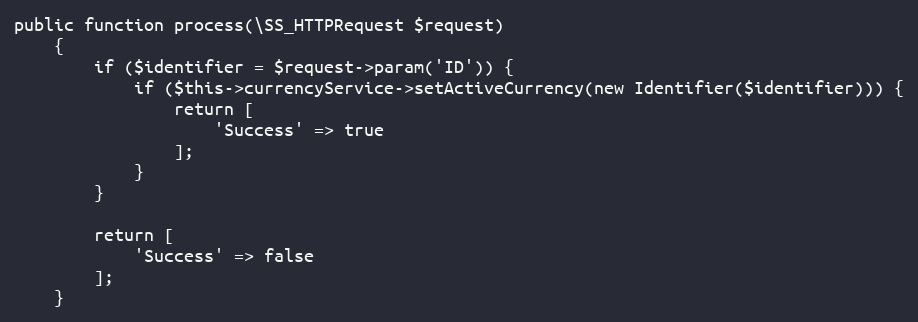
Language: PHP
public function process(\SS_HTTPRequest $request)
    {
        if ($identifier = $request->param('ID')) {
            if ($this->currencyService->setActiveCurrency(new Identifier($identifier))) {
                return [
                    'Success' => true
                ];
            }
        }

        return [
            'Success' => false
        ];
    }